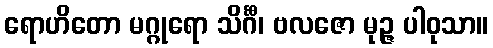
ရောဟိတော မဂ္ဂုရော သိင်္ဂီ၊ ဗလဇော မုဉ္ဇ ပါဝုသာ။